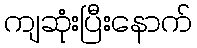
ကျဆုံးပြီးနောက်